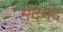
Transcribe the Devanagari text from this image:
मंदमंद